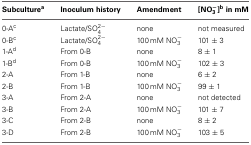
<table><thead><tr><td><b>Subculture<sup>a</sup></b></td><td><b>Inoculum history</b></td><td><b>Amendment</b></td><td><b>[NO<sup>−</sup><sub>3</sub>]<sup>b</sup> in mM</b></td></tr></thead><tbody><tr><td>0-A<sup>c</sup></td><td>Lactate/SO<sup>2−</sup><sub>4</sub></td><td>none</td><td>not measured</td></tr><tr><td>0-B<sup>c</sup></td><td>Lactate/SO<sup>2−</sup><sub>4</sub></td><td>100 mM NO<sup>−</sup><sub>3</sub></td><td>101 ± 3</td></tr><tr><td>1-A<sup>d</sup></td><td>From 0-B</td><td>none</td><td>8 ± 1</td></tr><tr><td>1-B<sup>d</sup></td><td>From 0-B</td><td>100 mM NO<sup>−</sup><sub>3</sub></td><td>102 ± 3</td></tr><tr><td>2-A</td><td>From 1-B</td><td>none</td><td>6 ± 2</td></tr><tr><td>2-B</td><td>From 1-B</td><td>100 mM NO<sup>−</sup><sub>3</sub></td><td>99 ± 1</td></tr><tr><td>3-A</td><td>From 2-A</td><td>none</td><td>not detected</td></tr><tr><td>3-B</td><td>From 2-A</td><td>100 mM NO<sup>−</sup><sub>3</sub></td><td>101 ± 7</td></tr><tr><td>3-C</td><td>From 2-B</td><td>none</td><td>8 ± 2</td></tr><tr><td>3-D</td><td>From 2-B</td><td>100 mM NO<sup>−</sup><sub>3</sub></td><td>103 ± 5</td></tr></tbody></table>